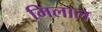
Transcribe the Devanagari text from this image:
मिलाल